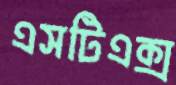
এসটিএক্স